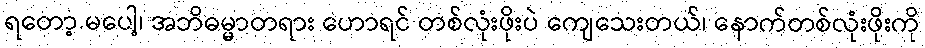
ရတော့ မပေါ့၊ အဘိဓမ္မာတရား ဟောရင် တစ်လုံးဖိုးပဲ ကျေသေးတယ်၊ နောက်တစ်လုံးဖိုးကို